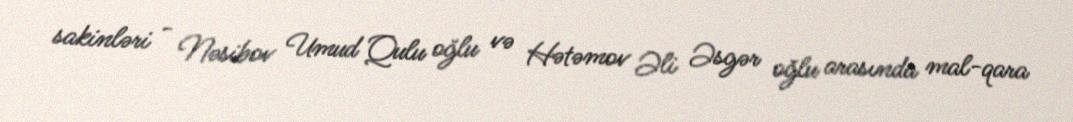
sakinləri - Nəsibov Umud Qulu oğlu və Hətəmov Əli Əsgər oğlu arasında mal-qara